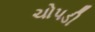
ચોપડી